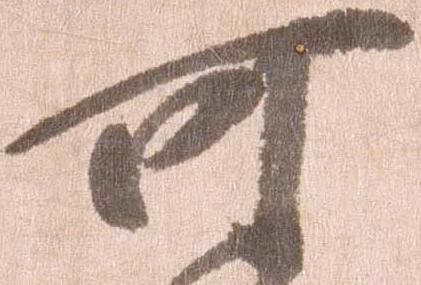
可